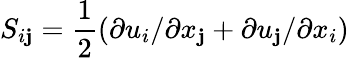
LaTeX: S_{i\mathbf{j}}=\frac{{1}}{{2}}(\partial{u_{i}}/\partial{x_{\mathbf{j}}}+\partial{u_{\mathbf{j}}}/\partial{x_{i}})